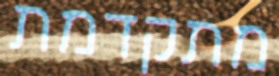
מתקדמת